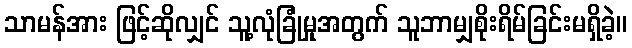
သာမန်အား ဖြင့်ဆိုလျှင် သူ့လုံခြုံမှုအတွက် သူဘာမျှစိုးရိမ်ခြင်းမရှိခဲ့။